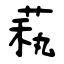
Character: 萟